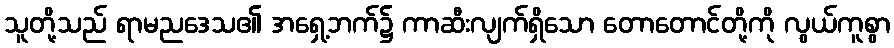
သူတို့သည် ရာမညဒေသ၏ အရှေ့ဘက်၌ ကာဆီးလျက်ရှိသော တောတောင်တို့ကို လွယ်ကူစွာ